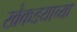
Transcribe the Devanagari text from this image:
खेकडयाच्या